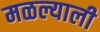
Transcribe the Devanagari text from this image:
मळल्याली